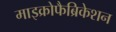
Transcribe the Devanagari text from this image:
माइक्रोफैब्रिकेशन